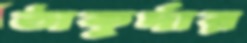
ঠাকুর্দার